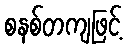
စနစ်တကျဖြင့်